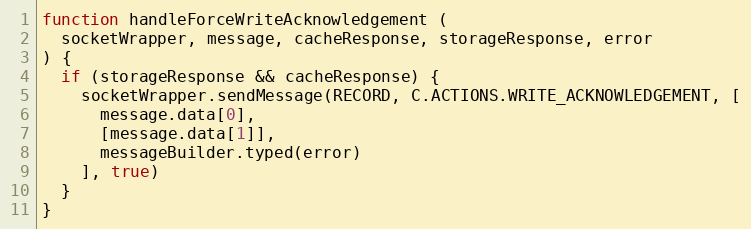
Language: JavaScript
function handleForceWriteAcknowledgement (
  socketWrapper, message, cacheResponse, storageResponse, error
) {
  if (storageResponse && cacheResponse) {
    socketWrapper.sendMessage(RECORD, C.ACTIONS.WRITE_ACKNOWLEDGEMENT, [
      message.data[0],
      [message.data[1]],
      messageBuilder.typed(error)
    ], true)
  }
}